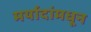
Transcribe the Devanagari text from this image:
मर्यादांमधून